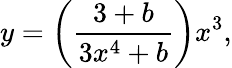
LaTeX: y=\left(\frac{3+b}{3x^{4}+b}\right)x^{3},